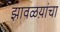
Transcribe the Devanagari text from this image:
झावळय़ांचा